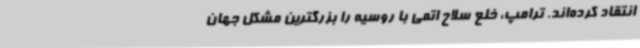
انتقاد کرده‌اند. ترامپ، خلع سلاح اتمی با روسیه را بزرگترین مشکل جهان